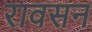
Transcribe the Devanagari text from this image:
रावसन